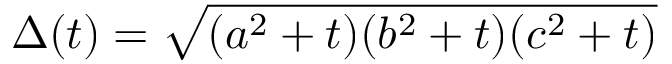
\Delta ( t ) = \sqrt { ( a ^ { 2 } + t ) ( b ^ { 2 } + t ) ( c ^ { 2 } + t ) }